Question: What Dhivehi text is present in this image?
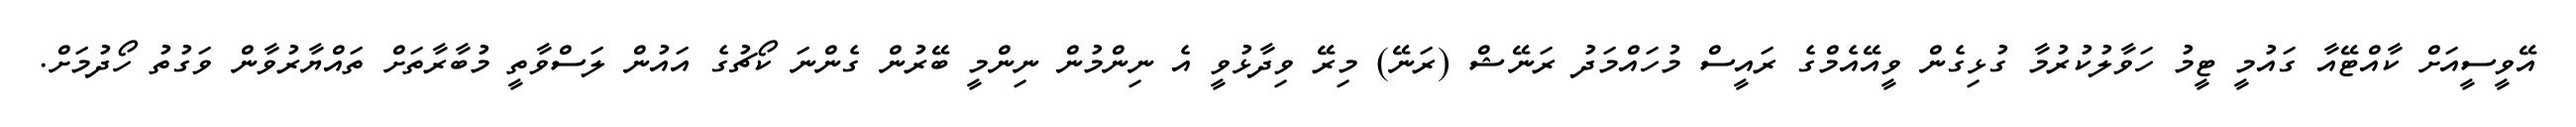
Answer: އޭވީސީއަށް ކާއްޓޭއާ ގައުމީ ޓީމު ހަވާލުކުރުމާ ގުޅިގެން ވީއޭއެމްގެ ރައީސް މުހައްމަދު ރަނޭޝް (ރަނޭ) މިރޭ ވިދާޅުވީ އެ ނިންމުން ނިންމީ ބޭރުން ގެންނަ ކޯޗުގެ އައުން ލަސްވާތީ މުބާރާތަށް ތައްޔާރުވާން ވަގުތު ހޯދުމަށް.